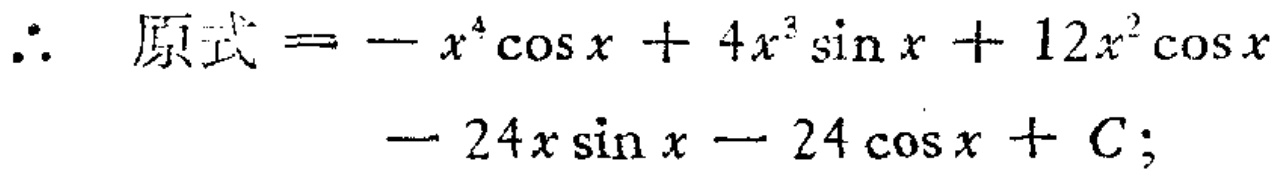
\(\therefore\) 原式 \(= - x^{4}\cos x + 4x^{3}\sin x + 12x^{2}\cos x - 24x\sin x - 24\cos x + C;\)